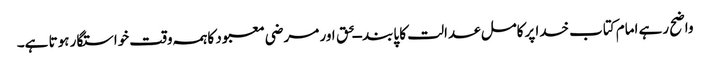
واضح رہے امام کتاب خدا پرکامل عدالت کا پابند ــحق اور مرضی معبود کاہمہ وقت خواستگار ہوتا ہے۔